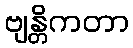
ဗျန္တိကတာ